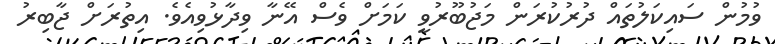
ވުމުން ސައިކަލުތައް ދުރުކުރަން މަޖުބޫރުވީ ކަމަށް ވެސް އޭނާ ވިދާޅުވިއެވެ. އިތުރަށް ޖާބިރު